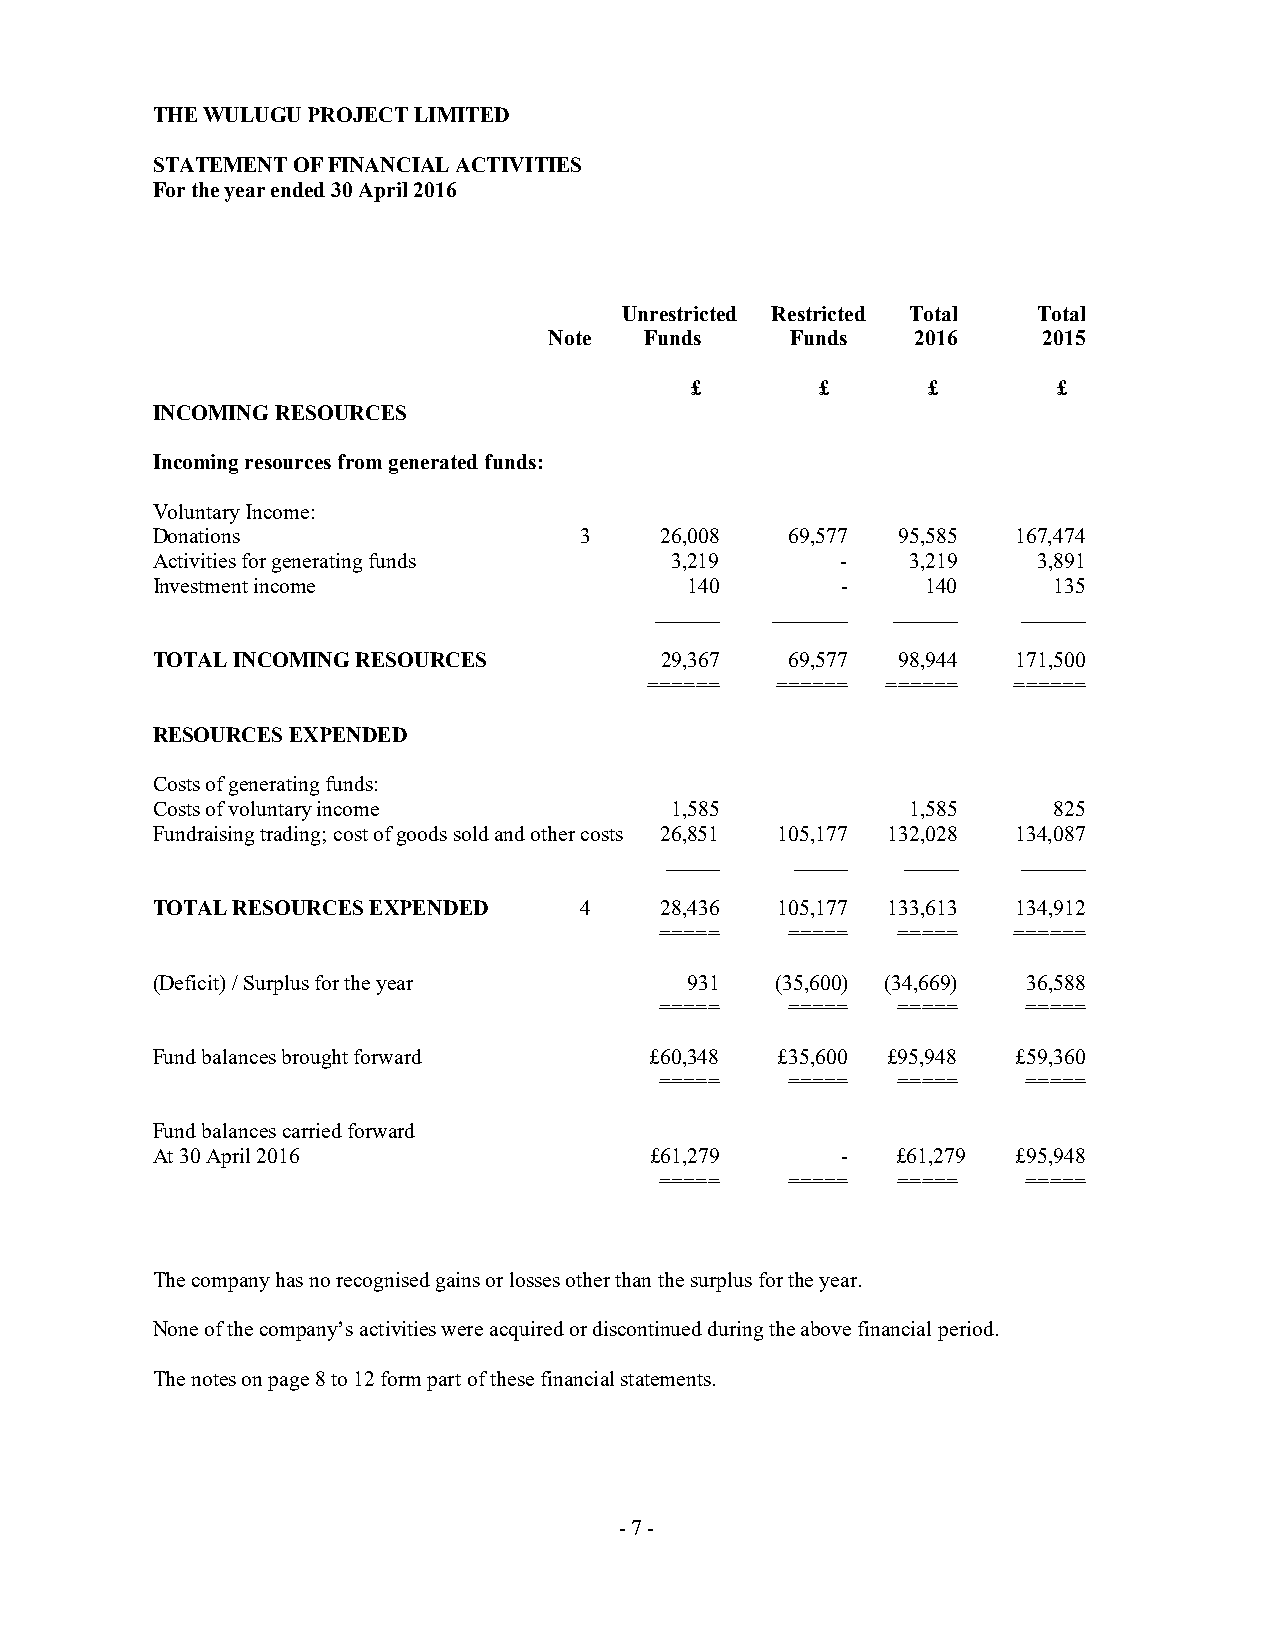
THE WULUGU PROJECT LIMITED
 STATEMENT OF FINANCIAL ACTIVITIES
 For the year ended 30 April 2016
 Unrestricted Restricted Total Total
 Note   Funds    Funds    2016    2015
 £       £       £       £
 INCOMING RESOURCES
 Incoming resources from generated funds:
 Voluntary Income:
 Donations                   3     26,008  69,577  95,585 167,474
 Activities for generating funds   3,219       -   3,219    3,891
 Investment income                   140       -    140      135
 ______  _______ ______   ______
 TOTAL INCOMING RESOURCES          29,367  69,577  98,944 171,500
 ======  ======  ======  ======
 RESOURCES EXPENDED
 Costs of generating funds:
 Costs of voluntary income         1,585           1,585     825
 Fundraising trading; cost of goods sold and other costs 26,851 105,177 132,028 134,087
 _____    _____  _____   ______
 TOTAL RESOURCES EXPENDED    4     28,436  105,177 133,613 134,912
 =====   =====  =====   ======
 (Deficit) / Surplus for the year    931  (35,600) (34,669) 36,588
 =====   =====  =====    =====
 Fund balances brought forward    £60,348  £35,600 £95,948 £59,360
 =====   =====  =====    =====
 Fund balances carried forward
 At 30 April 2016                 £61,279      -  £61,279 £95,948
 =====   =====  =====    =====
 The company has no recognised gains or losses other than the surplus for the year.
 None of the company’s activities were acquired or discontinued during the above financial period.
 The notes on page 8 to 12 form part of these financial statements.
 - 7 -